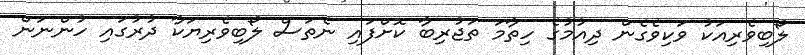
ލޯބިވެރިއަކު ވަކިވެގެން ދިއުމުގެ ހިތާމަ ތަޖުރިބާ ކޮށްފައި ނެތަސް ލޯބިވެރިޔަކާ ދުރުގައި ހުންނަން